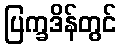
ပြက္ခဒိန်တွင်